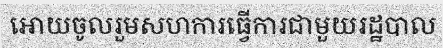
អោយចូលរួមសហការធ្វើការជាមួយរដ្ឋបាល